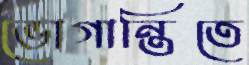
ভোগান্তিতে